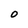
Character: O